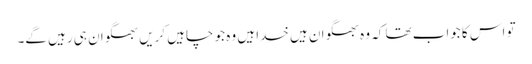
تو اس کا جواب تھا کہ وہ بھگوان ہیں خدا ہیں وہ جو چاہیں کریں بھگوان ہی رہیں گے۔